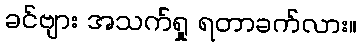
ခင်ဗျား အသက်ရှု ရတာခက်လား။